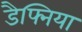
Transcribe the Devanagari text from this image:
डैफ्निया